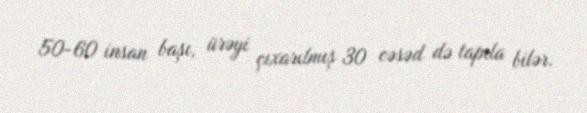
50-60 insan başı, ürəyi çıxarılmış 30 cəsəd də tapıla bilər.